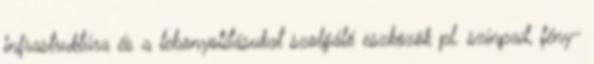
infrastruktúra és a lebonyolításukat szolgáló eszközök pl. színpad, fény-